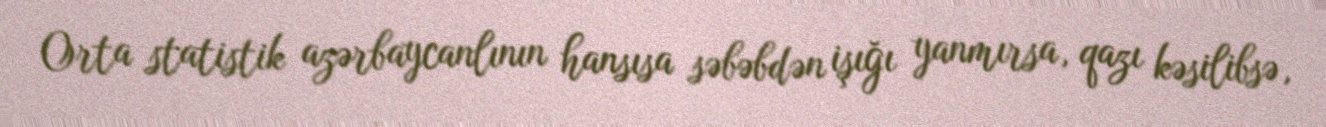
Orta statistik azərbaycanlının hansısa səbəbdən işığı yanmırsa, qazı kəsilibsə,